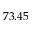
7 3 . 4 5